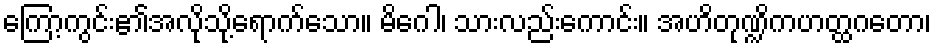
ကြော့ကွင်း၏အလိုသို့ရောက်သော။ မိဂေါ၊ သားလည်းကောင်း။ အဟိတုဏ္ဍိကဟတ္ထဂတော၊